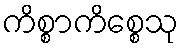
ကိစ္စာကိစ္စေသု